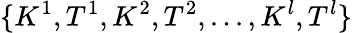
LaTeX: \{ K^{1},T^{1},K^{2},T^{2},...,K^{l},T^{l}\}